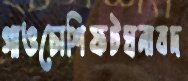
গাওচোশিফটঘনাবদ